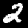
Label: 2